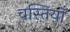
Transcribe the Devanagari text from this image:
वस्तियाँ